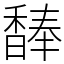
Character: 䭰